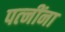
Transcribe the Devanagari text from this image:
पत्‍नींना